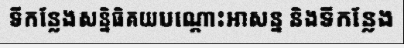
ទីកន្លែងសន្និធិគយបណ្តោះអាសន្ន និងទីកន្លែង